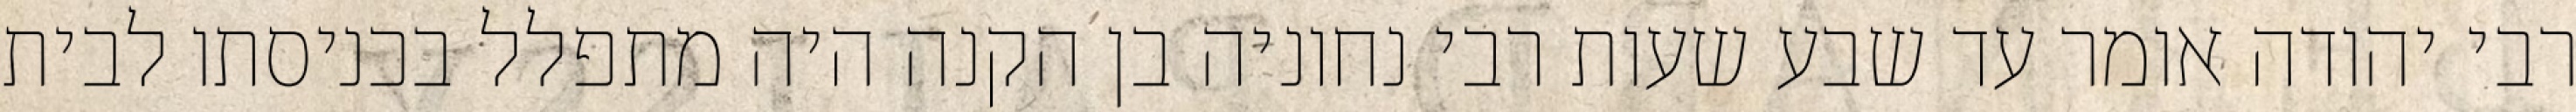
רבי יהודה אומר עד שבע שעות רבי נחוניה בן הקנה היה מתפלל בכניסתו לבית